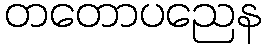
တတောပညေန